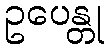
ဥပေန္တု